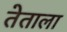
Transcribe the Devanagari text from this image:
तेताला